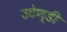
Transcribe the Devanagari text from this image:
उटेण्डी